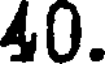
40.